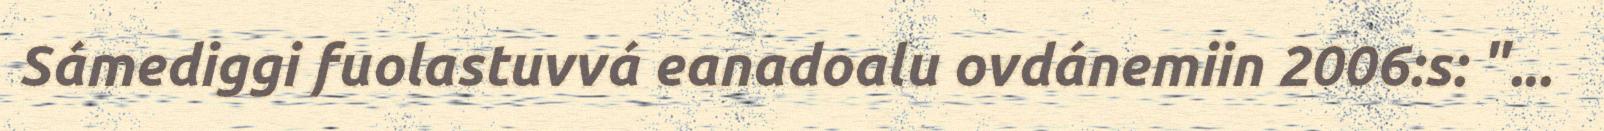
Sámediggi fuolastuvvá eanadoalu ovdánemiin 2006:s: "...